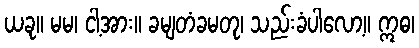
ယခု။ မမ၊ ငါ့အား။ ခမျတံခမတု၊ သည်းခံပါလော့။ ဣဓ၊